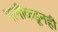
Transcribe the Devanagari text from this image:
पत्‍नीकडूनही